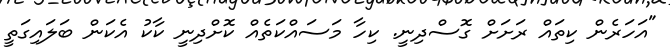
"އަހަރެން ކިތައް ރަށަށް ގޮސްދިނީ. ކިހާ މަސައްކަތެއް ކޮށްދިނީ ކާކު އެކަން ބަލައިގަތީ